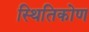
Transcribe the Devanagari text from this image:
स्थितिकोण